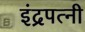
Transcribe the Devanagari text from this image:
इंद्रपत्नी